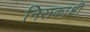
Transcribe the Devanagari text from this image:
निराकांक्षी